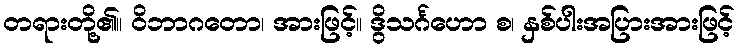
တရားတို့၏။ ဝိဘာဂတော၊ အားဖြင့်။ ဒွိသင်္ဂဟော စ၊ နှစ်ပါးအပြားအားဖြင့်